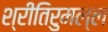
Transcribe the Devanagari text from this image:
श्रीतिरुमल्ल